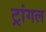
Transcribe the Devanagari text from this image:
ट्रांगल